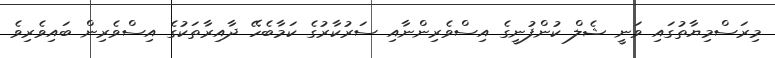
މިރަސްމިޔާތުގައި ވަނީ ޝެލް ކުންފުނީގެ އިސްވެރިންނާއި ސަރުކާރުގެ ކަމާބެހޭ ދާއިރާތަކުގެ އިސްވެރިން ބައިވެރިވެ